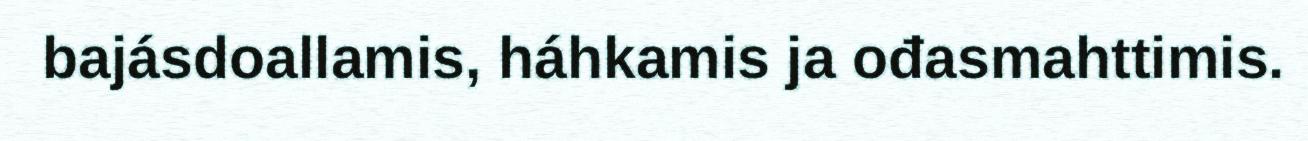
bajásdoallamis, háhkamis ja ođasmahttimis.